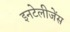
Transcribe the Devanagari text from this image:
इनटेलीजेंस